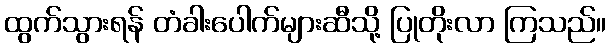
ထွက်သွားရန် တံခါးပေါက်များဆီသို့ ပြုတိုးလာ ကြသည်။